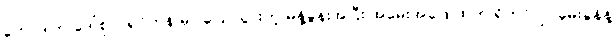
ဟောဒါက ဒေါ်စု ဝါရှင်တန် မှာ ပြောသွားတဲ့ မိန့်ခွန်းအပြီး အမေးအဖြေ ထဲက ရိုဟင်ဂျာ မေးခွန်နဲ့